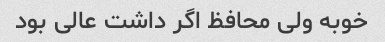
خوبه ولی محافظ اگر داشت عالی بود